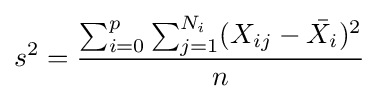
s^{2}={\frac {\sum _{i=0}^{p}\sum _{j=1}^{N_{i}}(X_{ij}-{\bar {X_{i}}})^{2}}{n}}